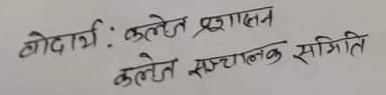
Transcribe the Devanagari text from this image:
बोधार्थ : कलेज प्रशासन
कलेज सञ्चालक समिति